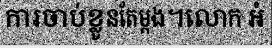
ការចាប់ខ្លូនតែម្តង។លោក អំ